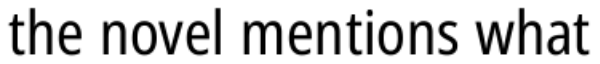
the novel mentions what